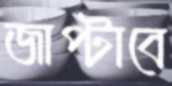
জাপ্‌টাবে